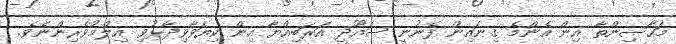
މަހާސިންތާ އިން އެންމެ ގިނައިން ފެނުނީ ސައޫދީ އަރަބިއްޔާ އިން ކިޔަވާވިދާޅުވި އިލްމުވެރިންނެވެ.